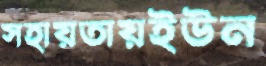
সহায়তায়ইউন